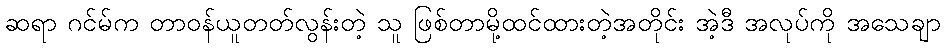
ဆရာ ဂင်မ်က တာဝန်ယူတတ်လွန်းတဲ့ သူ ဖြစ်တာမို့ထင်ထားတဲ့အတိုင်း အဲ့ဒီ အလုပ်ကို အသေချာ